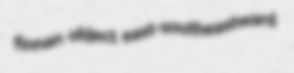
finnan object east-southeastward